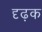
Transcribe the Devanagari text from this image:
दृढ़क